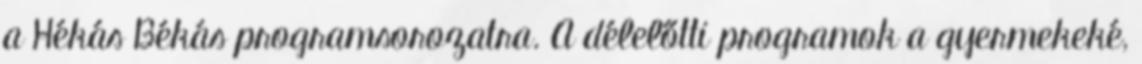
a Hékás Békás programsorozatra. A délelőtti programok a gyermekeké,